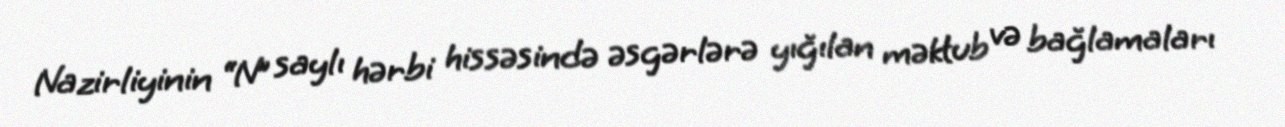
Nazirliyinin “N” saylı hərbi hissəsində əsgərlərə yığılan məktub və bağlamaları